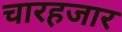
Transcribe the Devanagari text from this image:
चारहजार